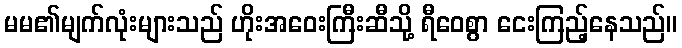
မမ၏မျက်လုံးများသည် ဟိုးအဝေးကြီးဆီသို့ ရီဝေစွာ ငေးကြည့်နေသည်။